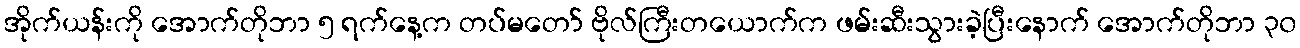
အိုက်ယန်းကို အောက်တိုဘာ ၅ ရက်နေ့က တပ်မတော် ဗိုလ်ကြီးတယောက်က ဖမ်းဆီးသွားခဲ့ပြီးနောက် အောက်တိုဘာ ၃၀